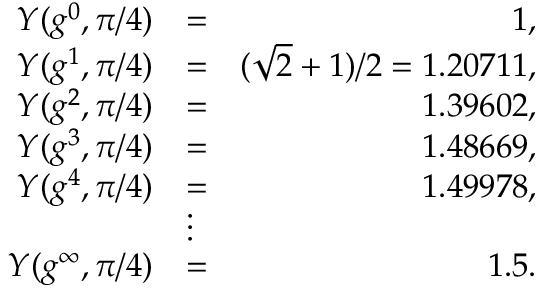
\begin{array} { r l r } { Y ( g ^ { 0 } , \pi / 4 ) } & { = } & { 1 , } \\ { Y ( g ^ { 1 } , \pi / 4 ) } & { = } & { ( \sqrt { 2 } + 1 ) / 2 = 1 . 2 0 7 1 1 , } \\ { Y ( g ^ { 2 } , \pi / 4 ) } & { = } & { 1 . 3 9 6 0 2 , } \\ { Y ( g ^ { 3 } , \pi / 4 ) } & { = } & { 1 . 4 8 6 6 9 , } \\ { Y ( g ^ { 4 } , \pi / 4 ) } & { = } & { 1 . 4 9 9 7 8 , } \\ & { \vdots } & \\ { Y ( g ^ { \infty } , \pi / 4 ) } & { = } & { 1 . 5 . } \end{array}